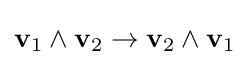
\mathbf {v} _{1}\wedge \mathbf {v} _{2}\rightarrow \mathbf {v} _{2}\wedge \mathbf {v} _{1}